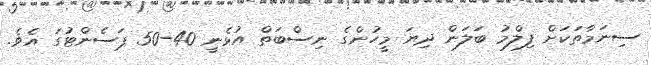
ސިނަމާތަކަށް ފިލްމު ބަލަން ދިޔަ މީހުންގެ ނިސްބަތް އުޅެނީ 40-50 ޕަސެންޓުގަ އެވެ.